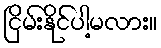
ငြိမ်းနိုင်ပါ့မလား။